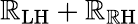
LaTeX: \mathbb{R}_{\mathrm{{LH}}}+\mathbb{R}_{\mathrm{{\mathbb{R}H}}}